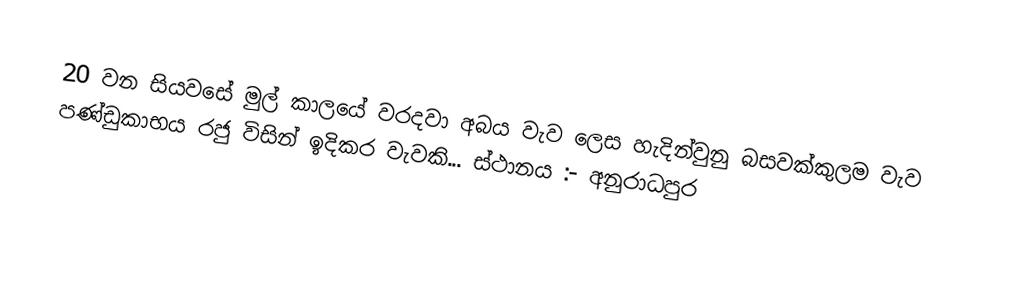
20 වන සියවසේ මුල් කාලයේ වරදවා අබය වැව ලෙස හැදින්වුනු බසවක්කුලම වැව පණ්ඩුකාභය රජු විසින් ඉදිකර වැවකි... ස්ථානය :- අනුරාධපුර